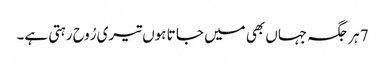
7 ہر جگہ جہاں بھی میں جا تا ہوں تیری رُوح رہتی ہے۔